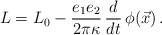
\begin{align*}L = L_{0} - {e_{1} e_{2} \over 2\pi \kappa} \, {d\over dt} \, \phi(\vec{x})\, .\end{align*}